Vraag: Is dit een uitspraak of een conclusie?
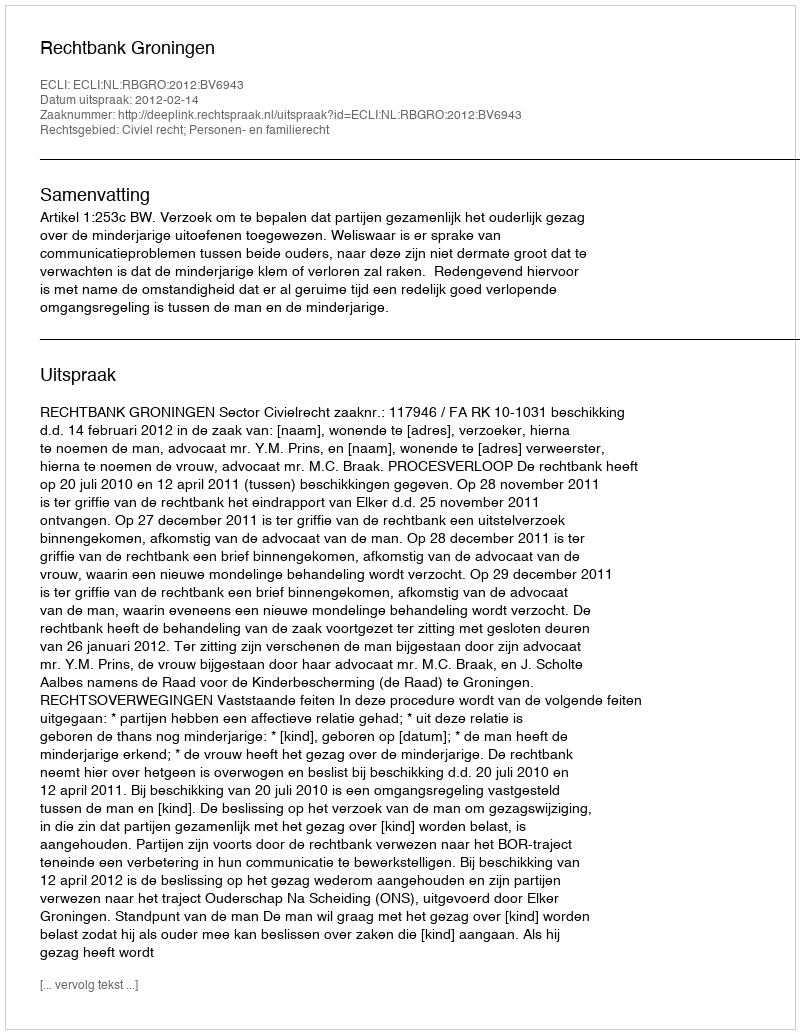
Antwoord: Uitspraak